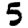
Digit: 5